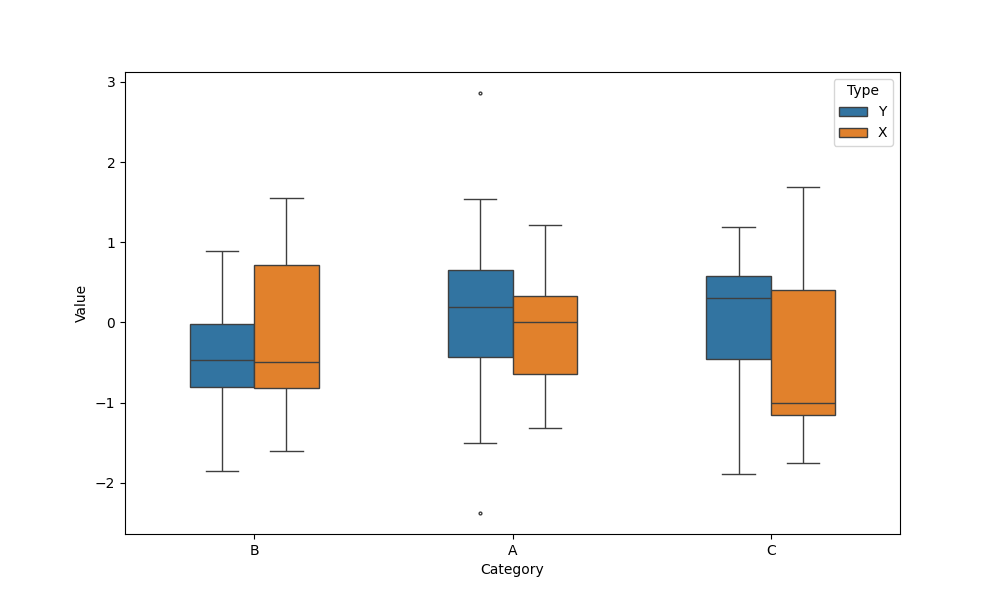
python, seaborn, boxplot, width=0.5, linewidth=1, fliersize=2, notch=False